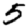
Digit: 5